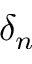
\delta _ { n }